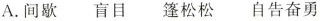
A.间歇 盲目 篷松松 自告奋勇